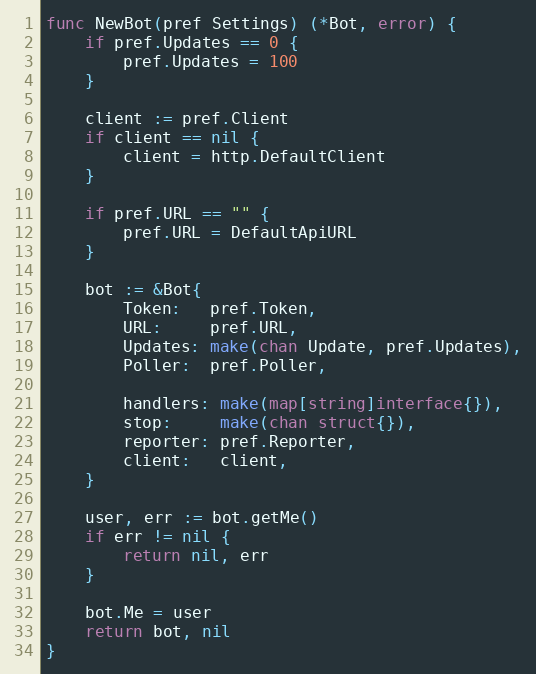
Language: Go
func NewBot(pref Settings) (*Bot, error) {
	if pref.Updates == 0 {
		pref.Updates = 100
	}

	client := pref.Client
	if client == nil {
		client = http.DefaultClient
	}

	if pref.URL == "" {
		pref.URL = DefaultApiURL
	}

	bot := &Bot{
		Token:   pref.Token,
		URL:     pref.URL,
		Updates: make(chan Update, pref.Updates),
		Poller:  pref.Poller,

		handlers: make(map[string]interface{}),
		stop:     make(chan struct{}),
		reporter: pref.Reporter,
		client:   client,
	}

	user, err := bot.getMe()
	if err != nil {
		return nil, err
	}

	bot.Me = user
	return bot, nil
}